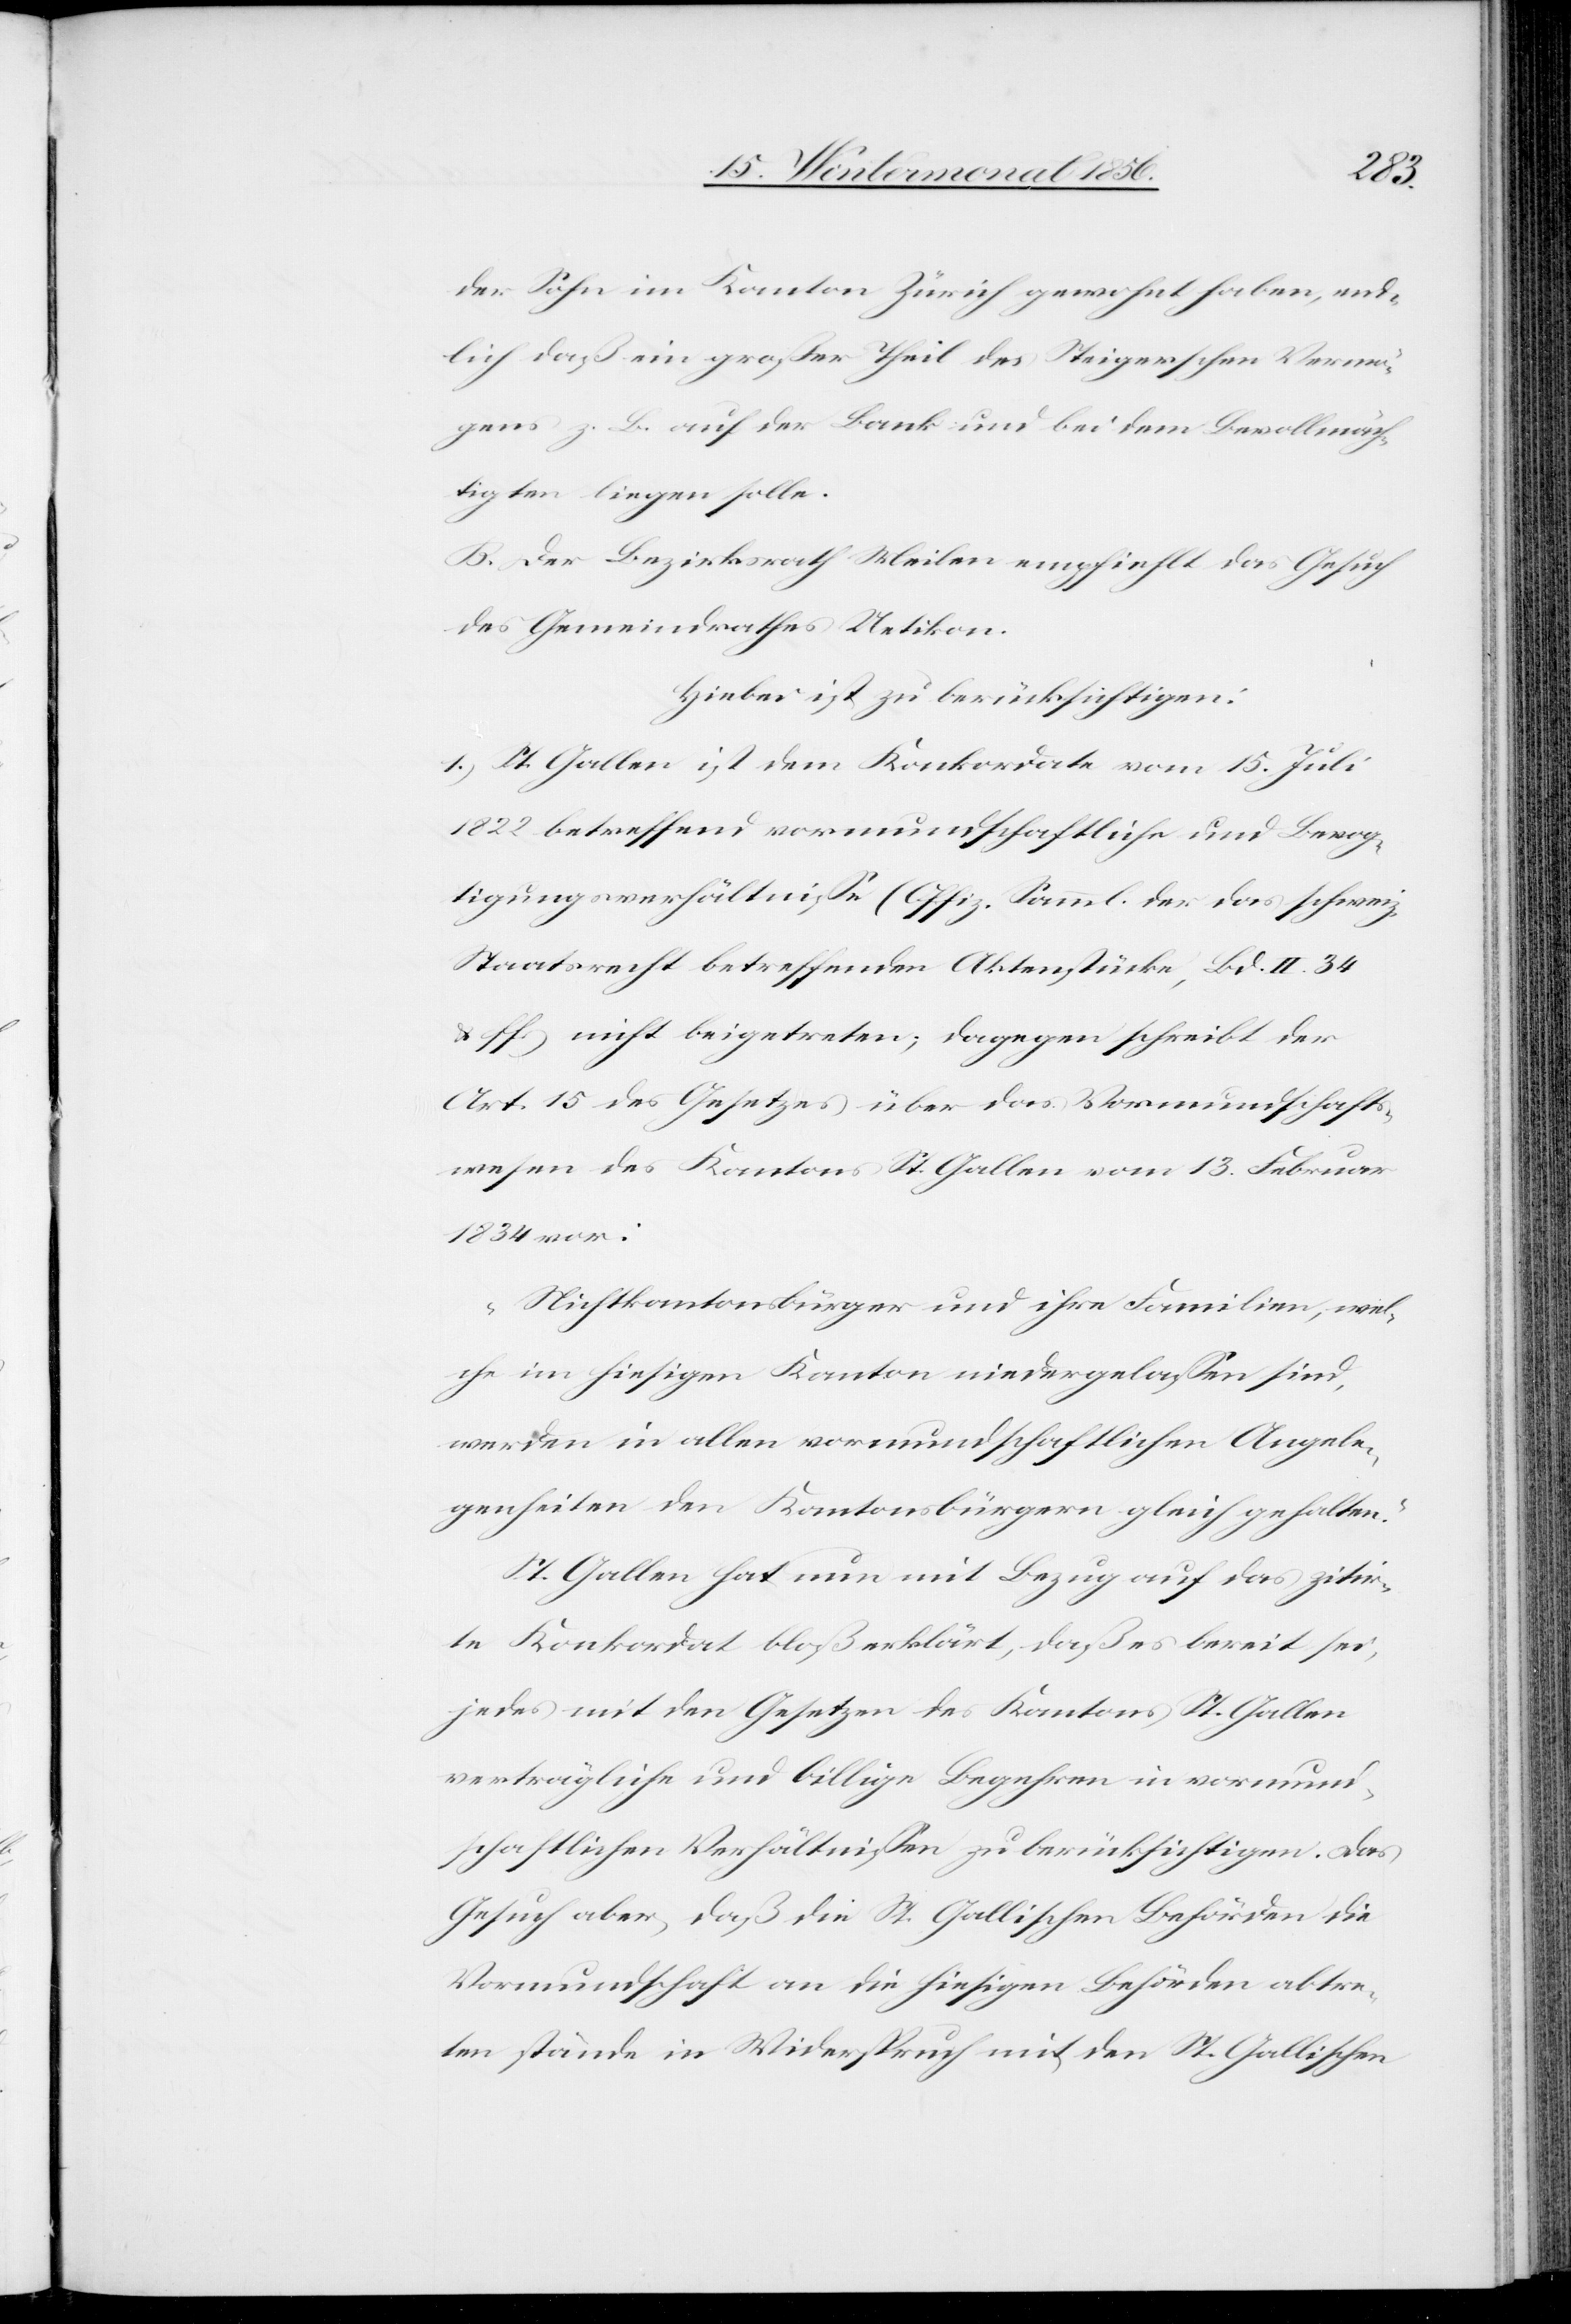
der Sohn im Kanton Zürich gewohnt haben, end¬
lich daß ein großer Theil des Steigerschen Vermö¬
gens z. B. auf der Bank und bei dem Bevollmäch¬
tigten liegen solle.
B. Der Bezirksrath Meilen empfiehlt das Gesuch
des Gemeindrathes Uetikon.
Hiebei ist zu berücksichtigen:
1.) St. Gallen ist dem Konkordate vom 15. Juli
1822 betreffend vormundschaftliche und Bevog¬
tigungsverhältnisse (Offiz. Samml. der das schweiz.
Staatsrecht betreffenden Aktenstücke, Bd. II. 34
& ff.) nicht beigetreten; dagegen schreibt der
Art. 15 des Gesetzes über das Vormundschafts¬
wesen des Kantons St. Gallen vom 13. Februar
1834 vor:
„Nichtkantonsbürger und ihre Familien, wel¬
che im hiesigen Kanton niedergelassen sind,
werden in allen vormundschaftlichen Angele¬
genheiten den Kantonsbürgern gleich gehalten.“
St. Gallen hat nun mit Bezug auf das zitir¬
te Konkordat bloß erklärt, daß es bereit sei,
jedes mit den Gesetzen des Kantons St. Gallen
verträgliche und billige Begehren in vormund¬
schaftlichen Verhältnissen zu berücksichtigen. Das
Gesuch aber, das die St. Gallischen Behörden die
Vormundschaft an die hiesigen Behörden abtre¬
ten stände in Widerspruch mit den St. Gallischen